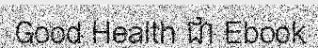
Good Health ជា Ebook